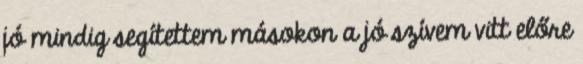
jó mindig segítettem másokon a jó szívem vitt előre